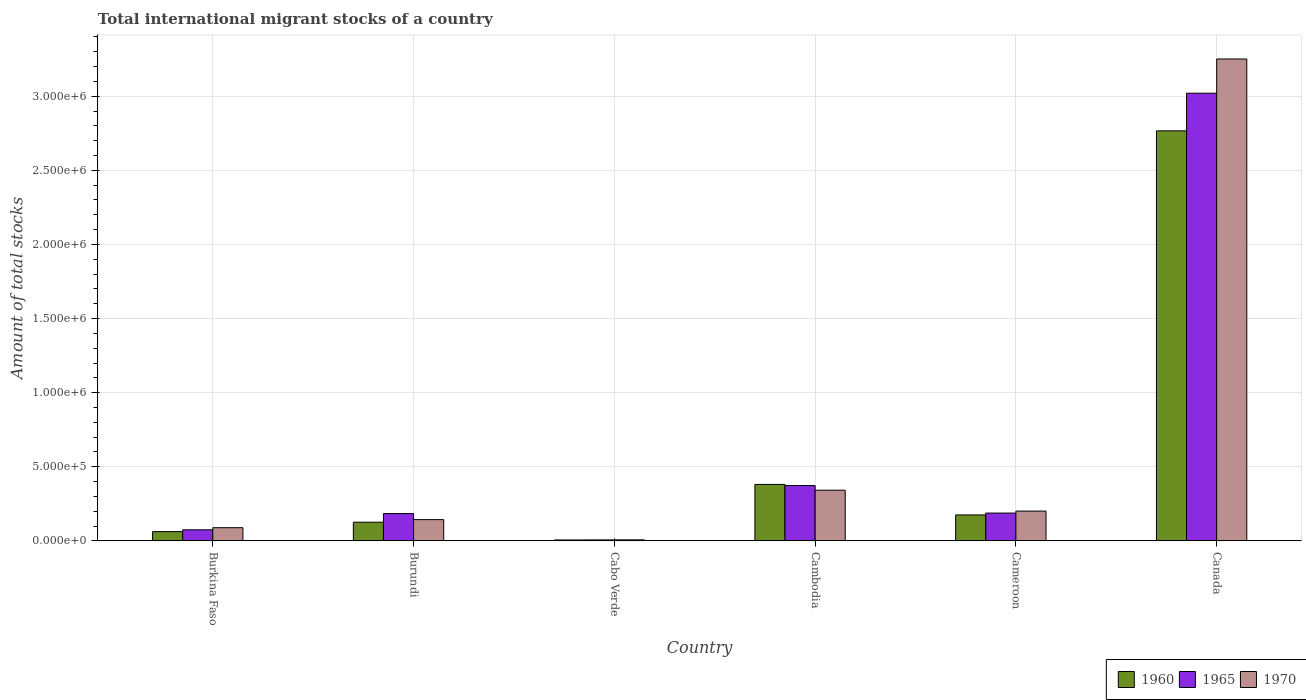
| Country | 1960 | 1965 | 1970 |
 | --- | --- | --- | --- |
 | Burkina Faso | 6.29e+04 | 7.5e+04 | 8.93e+04 |
 | Burundi | 1.26e+05 | 1.85e+05 | 1.44e+05 |
 | Cabo Verde | 6.61e+03 | 6.95e+03 | 7.31e+03 |
 | Cambodia | 3.81e+05 | 3.74e+05 | 3.42e+05 |
 | Cameroon | 1.75e+05 | 1.88e+05 | 2.01e+05 |
 | Canada | 2.77e+06 | 3.02e+06 | 3.25e+06 |